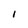
Character: 1